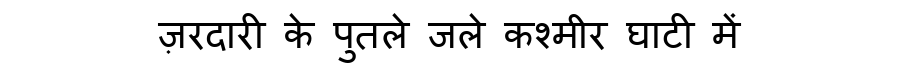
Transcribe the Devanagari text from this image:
ज़रदारी के पुतले जले कश्मीर घाटी में